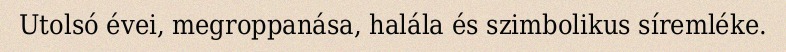
Utolsó évei, megroppanása, halála és szimbolikus síremléke.